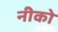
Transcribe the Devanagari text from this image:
नीको